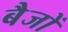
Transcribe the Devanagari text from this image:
बैजों